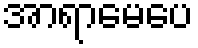
အာရာမေပေ